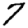
Digit: 7